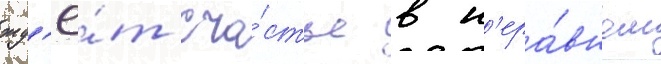
жд'ё́т сча́стье в н'ера́вном